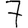
Digit: 7